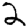
Digit: 2